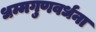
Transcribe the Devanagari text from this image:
धम्मगुणवर्धना